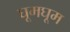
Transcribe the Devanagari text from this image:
घूमघूम